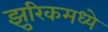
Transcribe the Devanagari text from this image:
झुरिकमध्ये